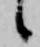
候